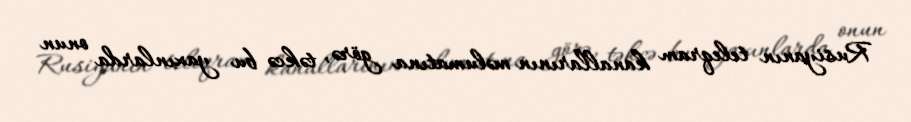
Rusiyanın teleqram kanallarının məlumatına görə, təkcə bu yaxınlarda onun